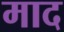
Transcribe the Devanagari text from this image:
माद